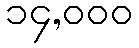
၁၄,၀၀၀